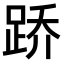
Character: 𫏋